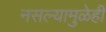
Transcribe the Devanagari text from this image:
नसल्यामुळेही